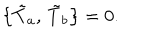
\bigl \{ \tilde { T } _ { a } , \, \tilde { T } _ { b } \bigr \} = 0 .